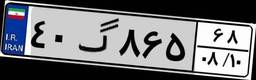
۴۰گ۸۶۵۶۸